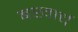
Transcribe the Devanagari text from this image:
बखार्च